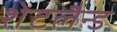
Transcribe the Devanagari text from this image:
शेटलैन्ड